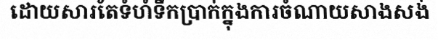
ដោយសារតែទំហំទឹកប្រាក់ក្នុងការចំណាយសាងសង់